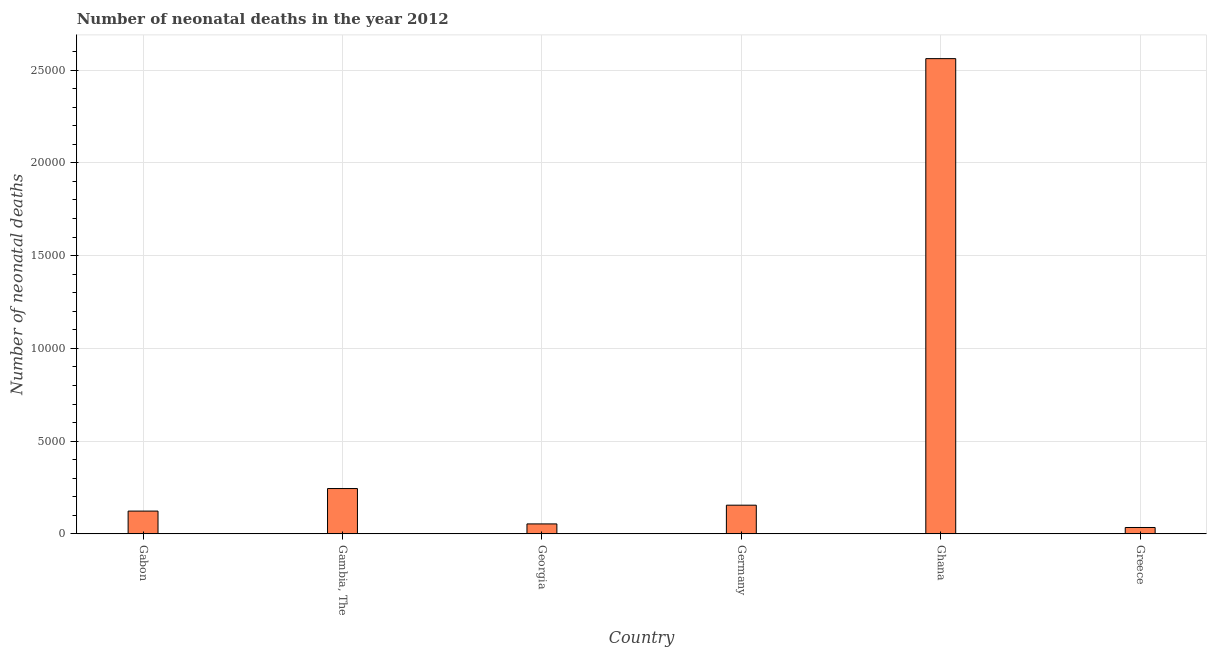
| Country | Neonatal deaths |
 | --- | --- |
 | Gabon | 1.23e+03 |
 | Gambia, The | 2.44e+03 |
 | Georgia | 536 |
 | Germany | 1.55e+03 |
 | Ghana | 2.56e+04 |
 | Greece | 343 |